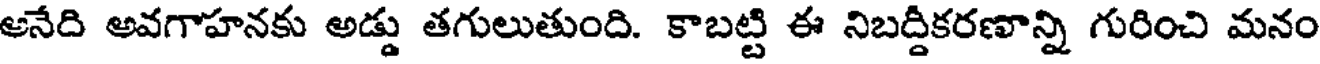
అనేది అవగాహనకు అడ్డు తగులుతుంది. కాబట్టి ఈ నిబద్దికరణాన్ని గురించి మనం